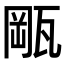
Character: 𤭛